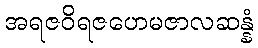
အရဇဝိရဇဟေမဇာလဆန္နံ